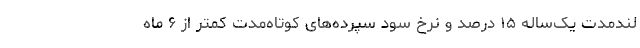
لندمدت یک‌ساله ۱۵ درصد و نرخ سود سپرده‌های کوتاه‌مدت کمتر از ۶ ماه